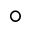
^ \circ